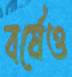
বর্ষেও